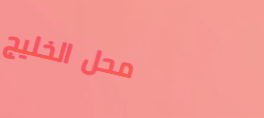
محل الخليج